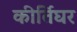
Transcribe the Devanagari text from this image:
कीर्तिघर